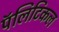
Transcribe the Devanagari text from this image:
पॅलिटिकल